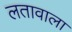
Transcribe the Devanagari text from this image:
लतावाला